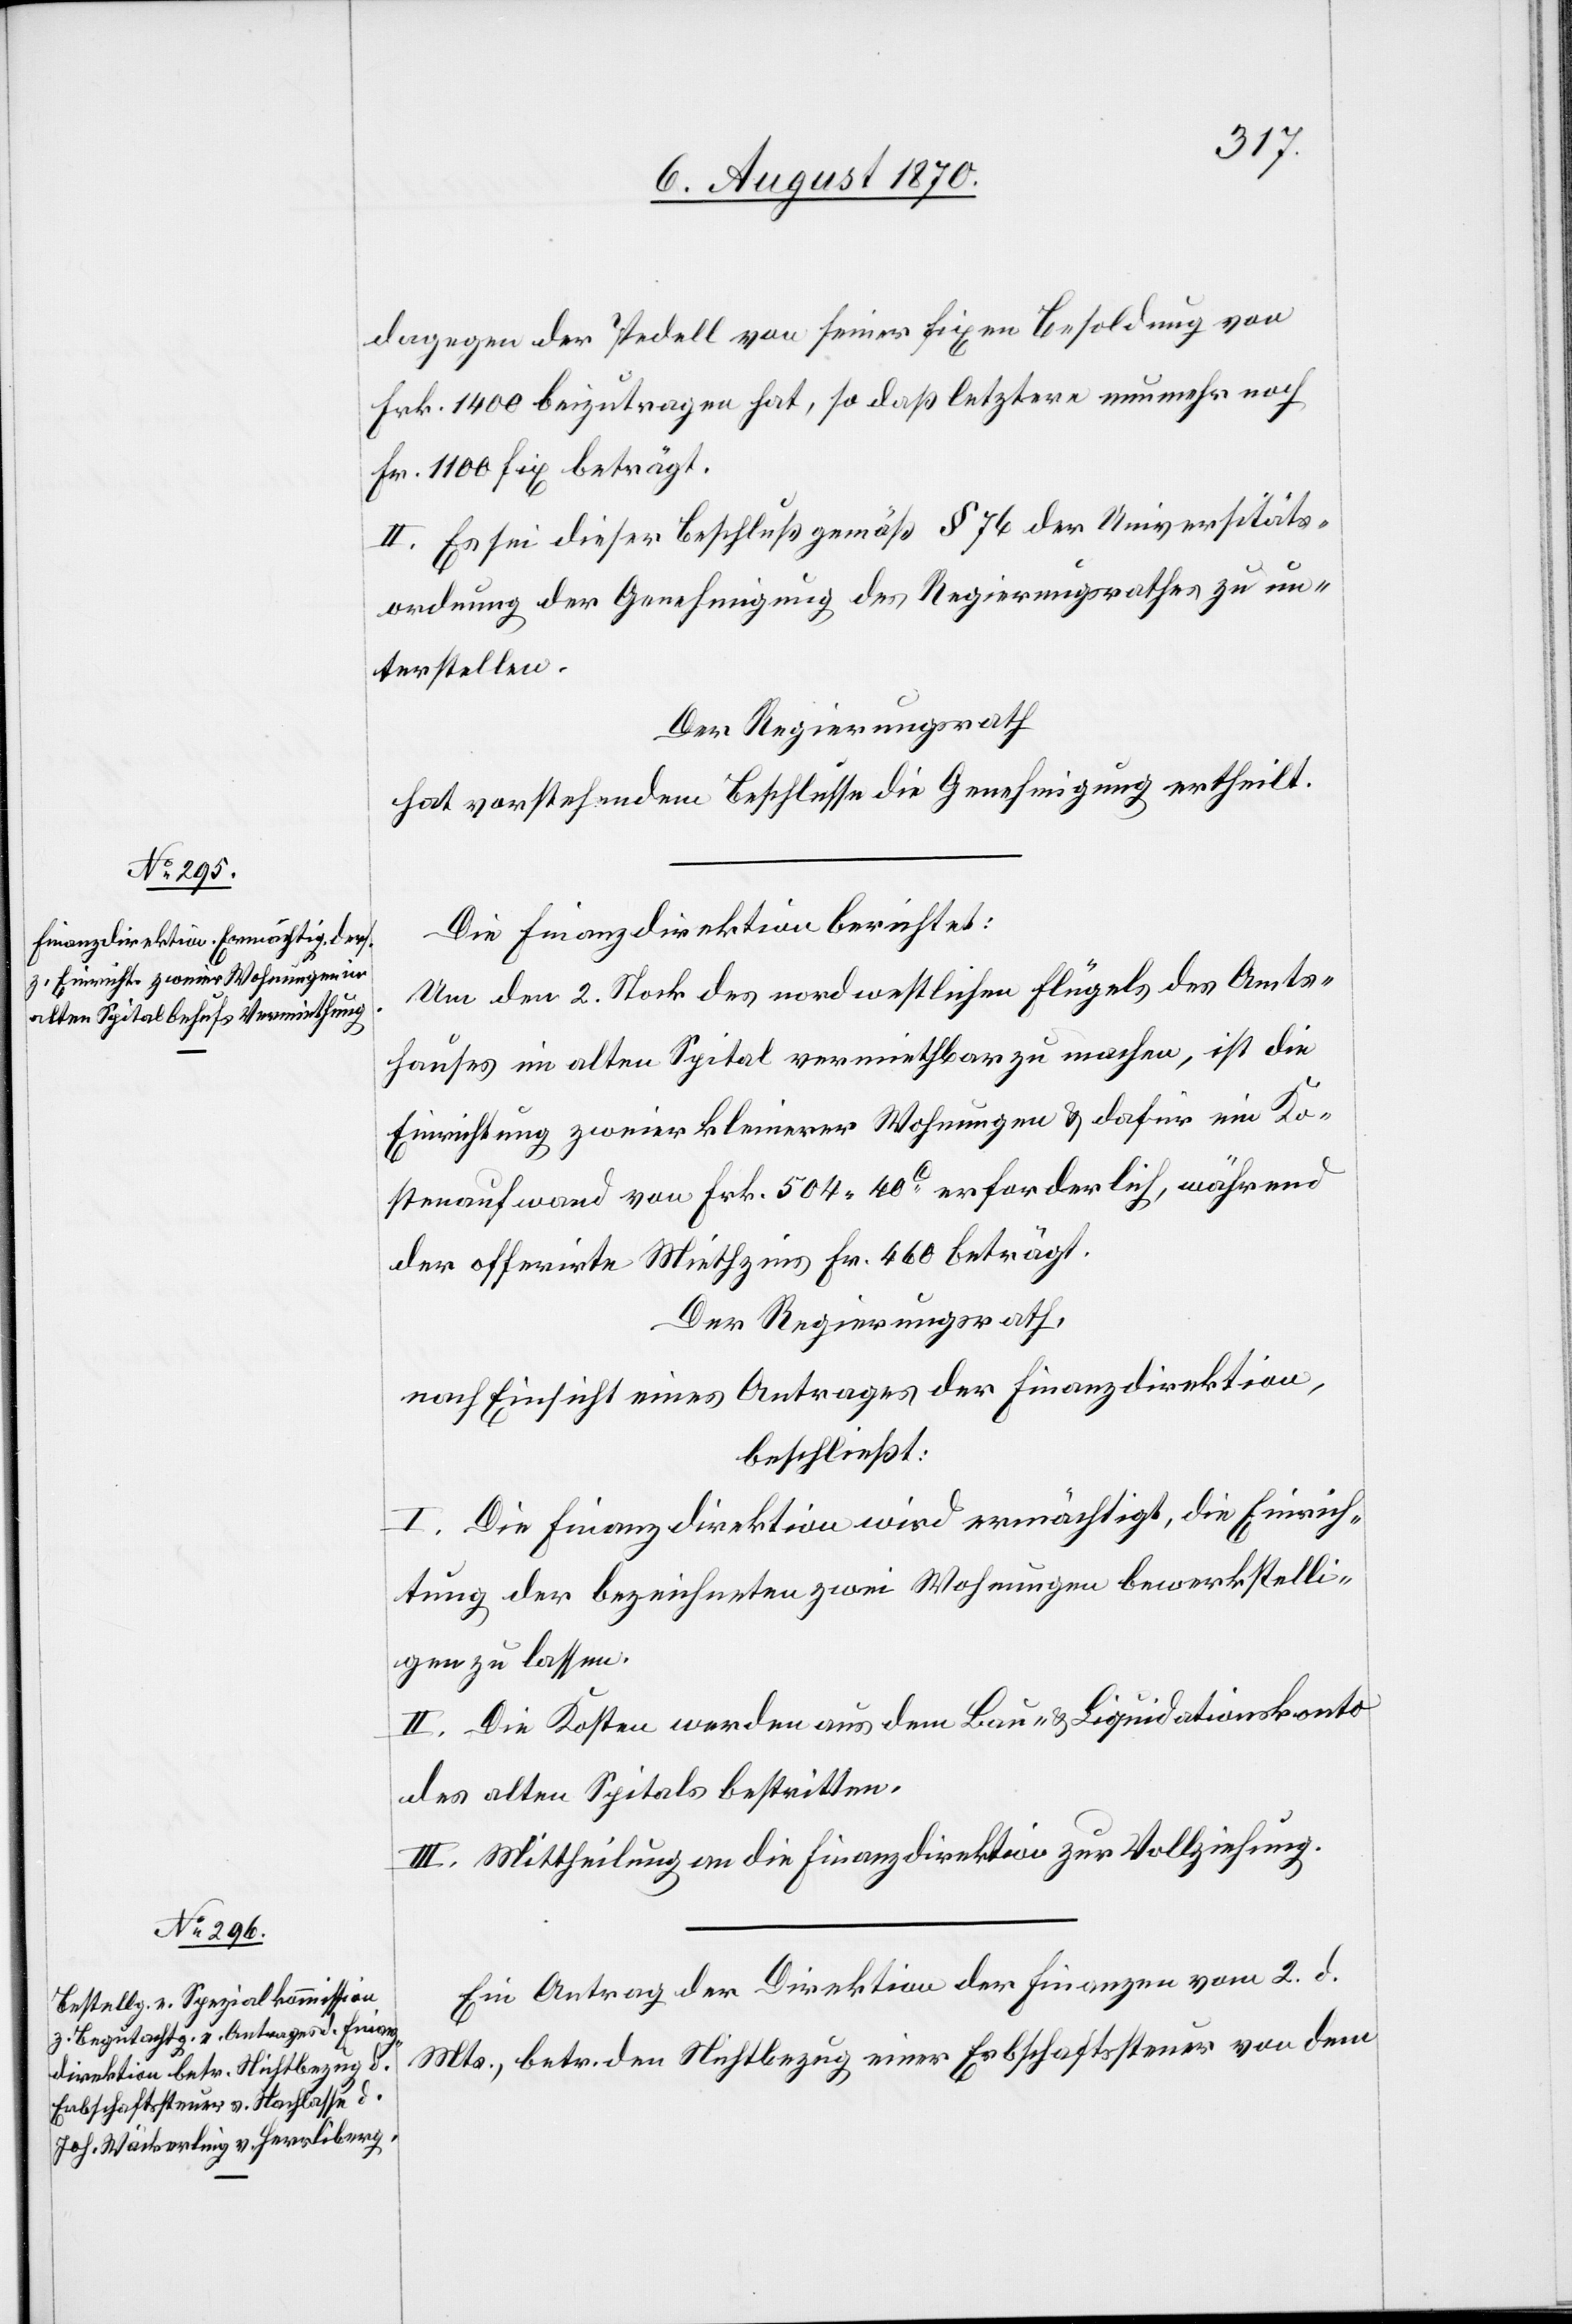
dagegen der Pedell von seiner fixen Besoldung von
Fr. 1400 beizutragen hat, so daß letztere nunmehr noch
Fr. 1100 fix beträgt.
II. Es sie dieser Beschluß gemäß § 76 der Universitäts¬
ordnung der Genehmigung des Regierungsrathes zu un¬
terstellen.
Der Regierungsrath
hat vorstehendem Beschlusse die Genehmigung ertheilt.
Die Finanzdirektion berichtet:
Um den 2. Stock des nordwestlichen Flügels des Amts¬
hauses im alten Spital vermiethbar zu machen, ist die
Einrichtung zweier kleinerer Wohnungen & dafür ein Ko¬
stenaufwand von Fr. 504.40c erforderlich, während
der offerirte Miethzins Fr. 460 beträgt.
Der Regierungsrath,
nach Einsicht eines Antrages der Finanzdirektion,
beschließt:
I. Die Finanzdirektion wird ermächtigt, die Einrich¬
tung der bezeichneten zwei Wohnungen bewerkstelli¬
gen zu lassen.
II. Die Kosten werden aus dem Bau- & Liquidationskonto
des alten Spitals bestritten.
III. Mittheilung an die Finanzdirektion zur Vollziehung.
Ein Antrag der Direktion der Finanzen vom 2. d.
Mts., betr. den Nichtbezug einer Erbschaftssteuer von dem